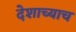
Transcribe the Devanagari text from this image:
देशाच्याच